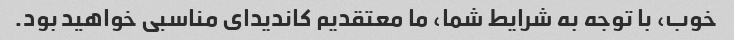
خوب، با توجه به شرایط شما، ما معتقدیم کاندیدای مناسبی خواهید بود.